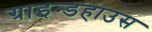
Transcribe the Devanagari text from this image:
ग्राइन्डहाउस